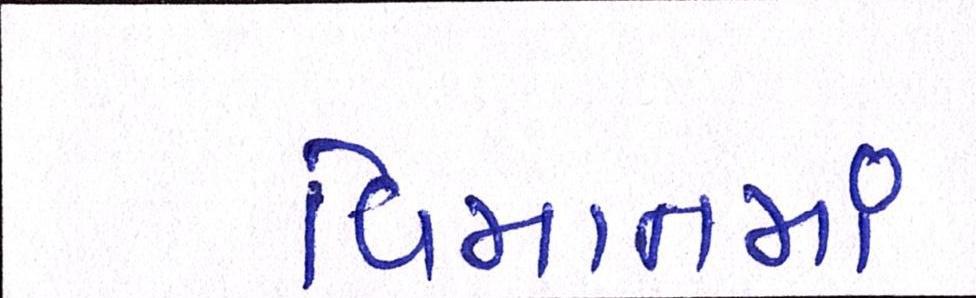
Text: વિમાનમાં